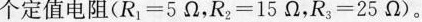
个定值电阻(R_{1}=5Ω，R_{2}=15Ω，R3=25Ω)。